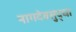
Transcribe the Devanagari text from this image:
नागदेवसुद्धा